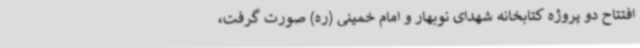
افتتاح دو پروژه کتابخانه شهدای نوبهار و امام خمینی (ره) صورت گرفت،